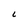
Character: L